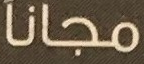
مجانا